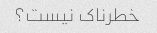
خطرناک نیست؟